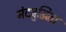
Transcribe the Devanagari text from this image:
मंदबुद्धिता